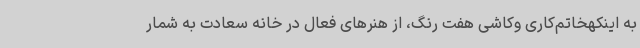
به اینکهخاتم‌کاری وکاشی هفت رنگ، از هنرهای فعال در خانه سعادت به شمار